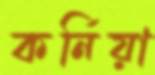
কর্নিয়া